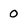
Character: 0